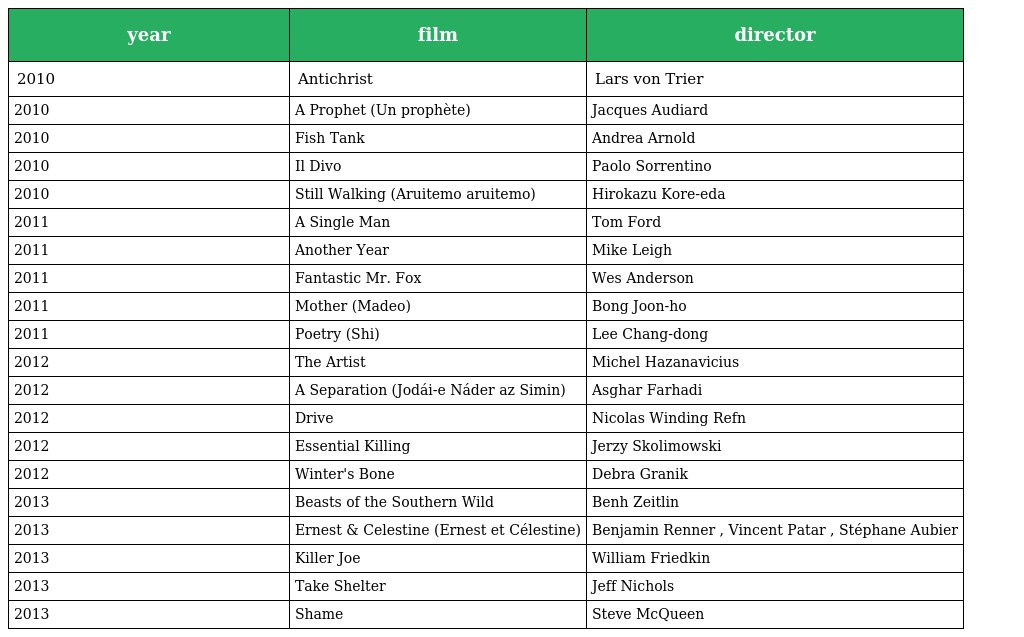
| year | film | director |
 | --- | --- | --- |
 | 2010 | Antichrist | Lars von Trier |
 | 2010 | A Prophet (Un prophète) | Jacques Audiard |
 | 2010 | Fish Tank | Andrea Arnold |
 | 2010 | Il Divo | Paolo Sorrentino |
 | 2010 | Still Walking (Aruitemo aruitemo) | Hirokazu Kore-eda |
 | 2011 | A Single Man | Tom Ford |
 | 2011 | Another Year | Mike Leigh |
 | 2011 | Fantastic Mr. Fox | Wes Anderson |
 | 2011 | Mother (Madeo) | Bong Joon-ho |
 | 2011 | Poetry (Shi) | Lee Chang-dong |
 | 2012 | The Artist | Michel Hazanavicius |
 | 2012 | A Separation (Jodái-e Náder az Simin) | Asghar Farhadi |
 | 2012 | Drive | Nicolas Winding Refn |
 | 2012 | Essential Killing | Jerzy Skolimowski |
 | 2012 | Winter's Bone | Debra Granik |
 | 2013 | Beasts of the Southern Wild | Benh Zeitlin |
 | 2013 | Ernest & Celestine (Ernest et Célestine) | Benjamin Renner , Vincent Patar , Stéphane Aubier |
 | 2013 | Killer Joe | William Friedkin |
 | 2013 | Take Shelter | Jeff Nichols |
 | 2013 | Shame | Steve McQueen |